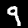
Digit: 9